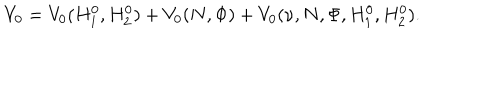
V _ { 0 } = V _ { 0 } ( H _ { 1 } ^ { 0 } , H _ { 2 } ^ { 0 } ) + V _ { 0 } ( N , \Phi ) + V _ { 0 } ( \nu , N , \Phi , H _ { 1 } ^ { 0 } , H _ { 2 } ^ { 0 } ) .